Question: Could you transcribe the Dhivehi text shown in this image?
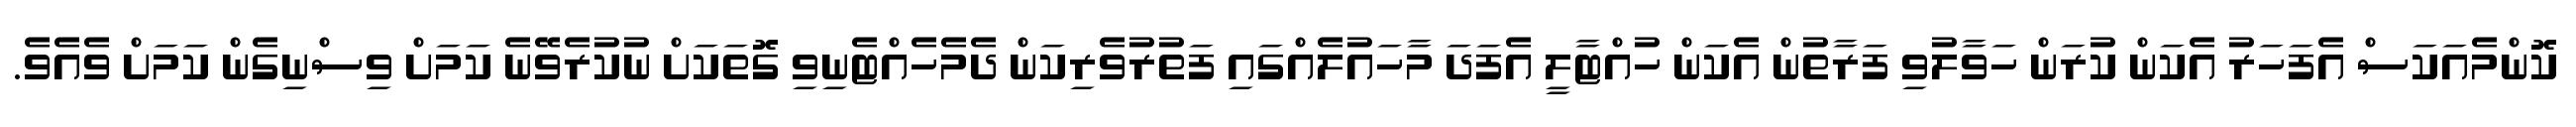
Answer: ކޮންމެއަކަސް އެފަހަރު އެކަން ކުރަން ހަވާލުވި ފަރާތުން އެކަން ހުއްޓާލީ އެފަދަ މާހައުލެއްގައި ފަތުރުވެރިކަން ދެމެހެއްޓެނިވި ގޮތަކަށް ނުކުރެވޭނެ ކަމަށް ވިސްނިގެން ކަމަށް ވެއެވެ.